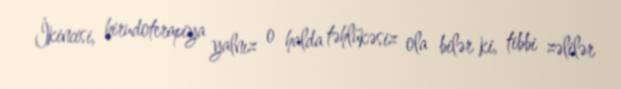
İkincisi, hirudoterapiya yalnız o halda təhlükəsiz ola bilər ki, tibbi zəlilər